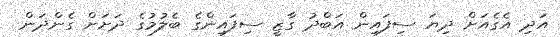
އަދި އެގެއަށް ދިޔަ ސިފައިން އަބްދު ގާޒީ ސިފައިންގެ ބެލުމުގެ ދަށަށް ގެންދަން